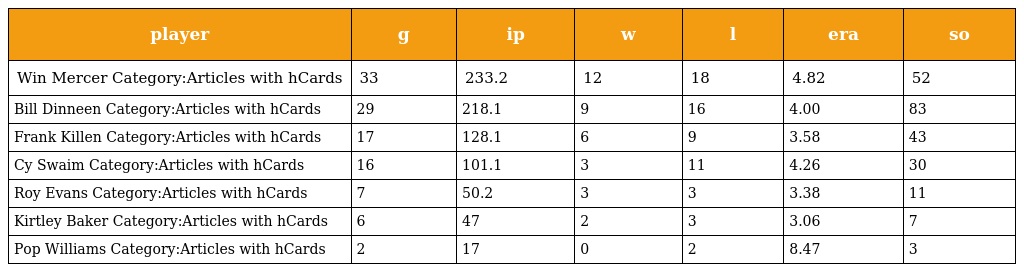
| player | g | ip | w | l | era | so |
 | --- | --- | --- | --- | --- | --- | --- |
 | Win Mercer Category:Articles with hCards | 33 | 233.2 | 12 | 18 | 4.82 | 52 |
 | Bill Dinneen Category:Articles with hCards | 29 | 218.1 | 9 | 16 | 4.00 | 83 |
 | Frank Killen Category:Articles with hCards | 17 | 128.1 | 6 | 9 | 3.58 | 43 |
 | Cy Swaim Category:Articles with hCards | 16 | 101.1 | 3 | 11 | 4.26 | 30 |
 | Roy Evans Category:Articles with hCards | 7 | 50.2 | 3 | 3 | 3.38 | 11 |
 | Kirtley Baker Category:Articles with hCards | 6 | 47 | 2 | 3 | 3.06 | 7 |
 | Pop Williams Category:Articles with hCards | 2 | 17 | 0 | 2 | 8.47 | 3 |